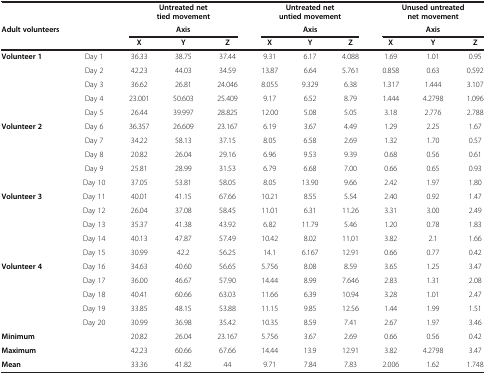
<table><thead><tr><td><b> </b></td><td><b> </b></td><td colspan="3"><b>Untreated net tied movement</b></td><td colspan="3"><b>Untreated net untied movement</b></td><td colspan="3"><b>Unused untreated net movement</b></td></tr><tr><td><b>Adult volunteers</b></td><td><b> </b></td><td colspan="3"><b>Axis</b></td><td colspan="3"><b>Axis</b></td><td colspan="3"><b>Axis</b></td></tr><tr><td><b> </b></td><td><b> </b></td><td><b>X</b></td><td><b>Y</b></td><td><b>Z</b></td><td><b>X</b></td><td><b>Y</b></td><td><b>Z</b></td><td><b>X</b></td><td><b>Y</b></td><td><b>Z</b></td></tr></thead><tbody><tr><td><b>Volunteer 1</b></td><td>Day 1</td><td>36.33</td><td>38.75</td><td>37.44</td><td>9.31</td><td>6.17</td><td>4.088</td><td>1.69</td><td>1.01</td><td>0.95</td></tr><tr><td> </td><td>Day 2</td><td>42.23</td><td>44.03</td><td>34.59</td><td>13.87</td><td>6.64</td><td>5.761</td><td>0.858</td><td>0.63</td><td>0.592</td></tr><tr><td> </td><td>Day 3</td><td>36.62</td><td>26.81</td><td>24.046</td><td>8.055</td><td>9.329</td><td>6.38</td><td>1.317</td><td>1.444</td><td>3.107</td></tr><tr><td> </td><td>Day 4</td><td>23.001</td><td>50.603</td><td>25.409</td><td>9.17</td><td>6.52</td><td>8.79</td><td>1.444</td><td>4.2798</td><td>1.096</td></tr><tr><td> </td><td>Day 5</td><td>26.44</td><td>39.997</td><td>28.825</td><td>12.00</td><td>5.08</td><td>5.05</td><td>3.18</td><td>2.776</td><td>2.788</td></tr><tr><td><b>Volunteer 2</b></td><td>Day 6</td><td>36.357</td><td>26.609</td><td>23.167</td><td>6.19</td><td>3.67</td><td>4.49</td><td>1.29</td><td>2.25</td><td>1.67</td></tr><tr><td> </td><td>Day 7</td><td>34.22</td><td>58.13</td><td>37.15</td><td>8.05</td><td>6.58</td><td>2.69</td><td>1.32</td><td>1.70</td><td>0.57</td></tr><tr><td> </td><td>Day 8</td><td>20.82</td><td>26.04</td><td>29.16</td><td>6.96</td><td>9.53</td><td>9.39</td><td>0.68</td><td>0.56</td><td>0.61</td></tr><tr><td> </td><td>Day 9</td><td>25.81</td><td>28.99</td><td>31.53</td><td>6.79</td><td>6.68</td><td>7.00</td><td>0.66</td><td>0.65</td><td>0.93</td></tr><tr><td> </td><td>Day 10</td><td>37.05</td><td>53.81</td><td>58.05</td><td>8.05</td><td>13.90</td><td>9.66</td><td>2.42</td><td>1.97</td><td>1.80</td></tr><tr><td><b>Volunteer 3</b></td><td>Day 11</td><td>40.01</td><td>41.15</td><td>67.66</td><td>10.21</td><td>8.55</td><td>5.54</td><td>2.40</td><td>0.92</td><td>1.47</td></tr><tr><td> </td><td>Day 12</td><td>26.04</td><td>37.08</td><td>58.45</td><td>11.01</td><td>6.31</td><td>11.26</td><td>3.31</td><td>3.00</td><td>2.49</td></tr><tr><td> </td><td>Day 13</td><td>35.37</td><td>41.38</td><td>43.92</td><td>6.82</td><td>11.79</td><td>5.46</td><td>1.20</td><td>0.78</td><td>1.83</td></tr><tr><td> </td><td>Day 14</td><td>40.13</td><td>47.87</td><td>57.49</td><td>10.42</td><td>8.02</td><td>11.01</td><td>3.82</td><td>2.1</td><td>1.66</td></tr><tr><td> </td><td>Day 15</td><td>30.99</td><td>42.2</td><td>56.25</td><td>14.1</td><td>6.167</td><td>12.91</td><td>0.66</td><td>0.77</td><td>0.42</td></tr><tr><td><b>Volunteer 4</b></td><td>Day 16</td><td>34.63</td><td>40.60</td><td>56.65</td><td>5.756</td><td>8.08</td><td>8.59</td><td>3.65</td><td>1.25</td><td>3.47</td></tr><tr><td> </td><td>Day 17</td><td>36.00</td><td>46.67</td><td>57.90</td><td>14.44</td><td>8.99</td><td>7.646</td><td>2.83</td><td>1.31</td><td>2.08</td></tr><tr><td> </td><td>Day 18</td><td>40.41</td><td>60.66</td><td>63.03</td><td>11.66</td><td>6.39</td><td>10.94</td><td>3.28</td><td>1.01</td><td>2.47</td></tr><tr><td> </td><td>Day 19</td><td>33.85</td><td>48.15</td><td>53.88</td><td>11.15</td><td>9.85</td><td>12.56</td><td>1.44</td><td>1.99</td><td>1.51</td></tr><tr><td> </td><td>Day 20</td><td>30.99</td><td>36.98</td><td>35.42</td><td>10.35</td><td>8.59</td><td>7.41</td><td>2.67</td><td>1.97</td><td>3.46</td></tr><tr><td><b>Minimum</b></td><td> </td><td>20.82</td><td>26.04</td><td>23.167</td><td>5.756</td><td>3.67</td><td>2.69</td><td>0.66</td><td>0.56</td><td>0.42</td></tr><tr><td><b>Maximum</b></td><td> </td><td>42.23</td><td>60.66</td><td>67.66</td><td>14.44</td><td>13.9</td><td>12.91</td><td>3.82</td><td>4.2798</td><td>3.47</td></tr><tr><td><b>Mean</b></td><td> </td><td>33.36</td><td>41.82</td><td>44</td><td>9.71</td><td>7.84</td><td>7.83</td><td>2.006</td><td>1.62</td><td>1.748</td></tr></tbody></table>